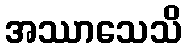
အဿာသေသိ